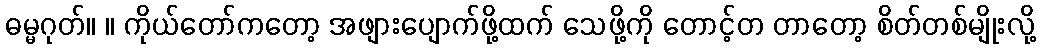
ဓမ္မဂုတ်။ ။ ကိုယ်တော်ကတော့ အဖျားပျောက်ဖို့ထက် သေဖို့ကို တောင့်တ တာတော့ စိတ်တစ်မျိုးလို့